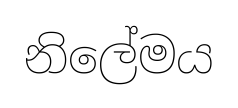
නිලේමය